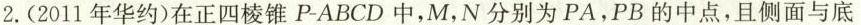
2.(2011年华约)在正四棱锥P-ABCD中，M，N分别为PA，PB的中点，且侧面与底